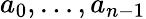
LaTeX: a_{0},\ldots,a_{n-1}